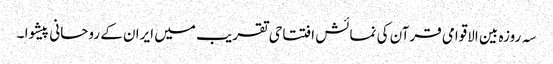
سہ روزہ بین الاقوامی قرآن کی نمائش افتتاحی تقریب میں ایران کے روحانی پیشوا ۔